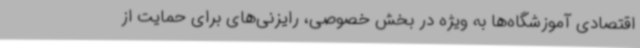
اقتصادی آموزشگاه‌ها به ویژه در بخش خصوصی، رایزنی‌های برای حمایت از